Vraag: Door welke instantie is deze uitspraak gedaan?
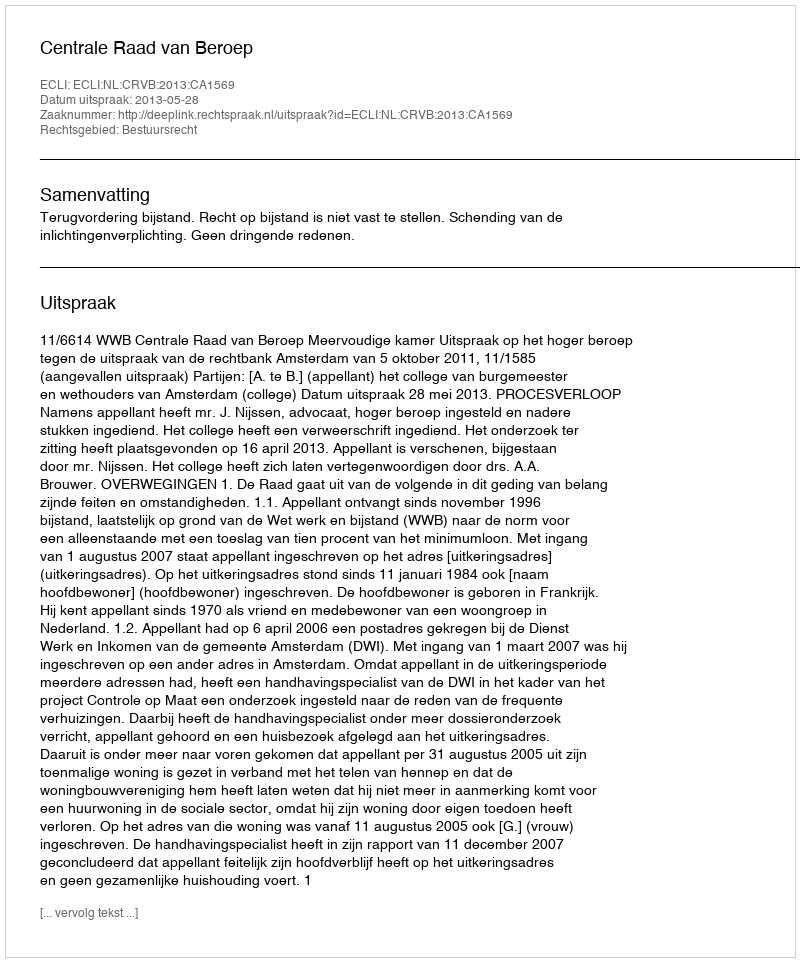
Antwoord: Centrale Raad van Beroep